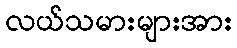
လယ်သမားများအား